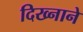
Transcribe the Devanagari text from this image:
दिख्नाने